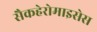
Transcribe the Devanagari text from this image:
सैकहेरोमाइसेस